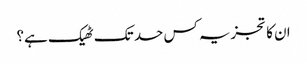
ان کا تجزیہ کس حد تک ٹھیک ہے؟